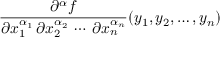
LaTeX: { \frac { \partial ^ { \alpha } f } { \partial x _ { 1 } ^ { \alpha _ { 1 } } \, \partial x _ { 2 } ^ { \alpha _ { 2 } } \, \cdots \, \partial x _ { n } ^ { \alpha _ { n } } } } ( y _ { 1 } , y _ { 2 } , \ldots , y _ { n } )